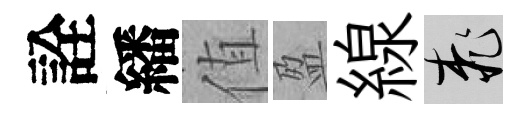
詮繙值盈線桃